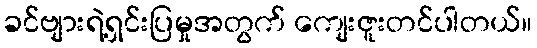
ခင်ဗျားရဲ့ရှင်းပြမှုအတွက် ကျေးဇူးတင်ပါတယ်။